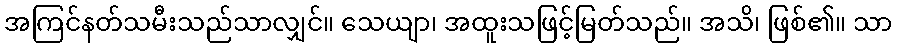
အကြင်နတ်သမီးသည်သာလျှင်။ သေယျာ၊ အထူးသဖြင့်မြတ်သည်။ အသိ၊ ဖြစ်၏။ သာ